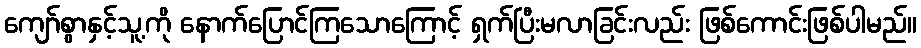
ကျော်စွာနှင့်သူ့ကို နောက်ပြောင်ကြသောကြောင့် ရှက်ပြီးမလာခြင်းလည်း ဖြစ်ကောင်းဖြစ်ပါမည်။